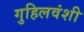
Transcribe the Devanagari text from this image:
गुहिलवंशी